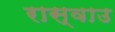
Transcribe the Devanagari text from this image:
रास्वाउ